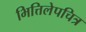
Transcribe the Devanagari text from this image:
भित्तिलेपचित्र